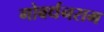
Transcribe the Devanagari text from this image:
गोबर्धनराम